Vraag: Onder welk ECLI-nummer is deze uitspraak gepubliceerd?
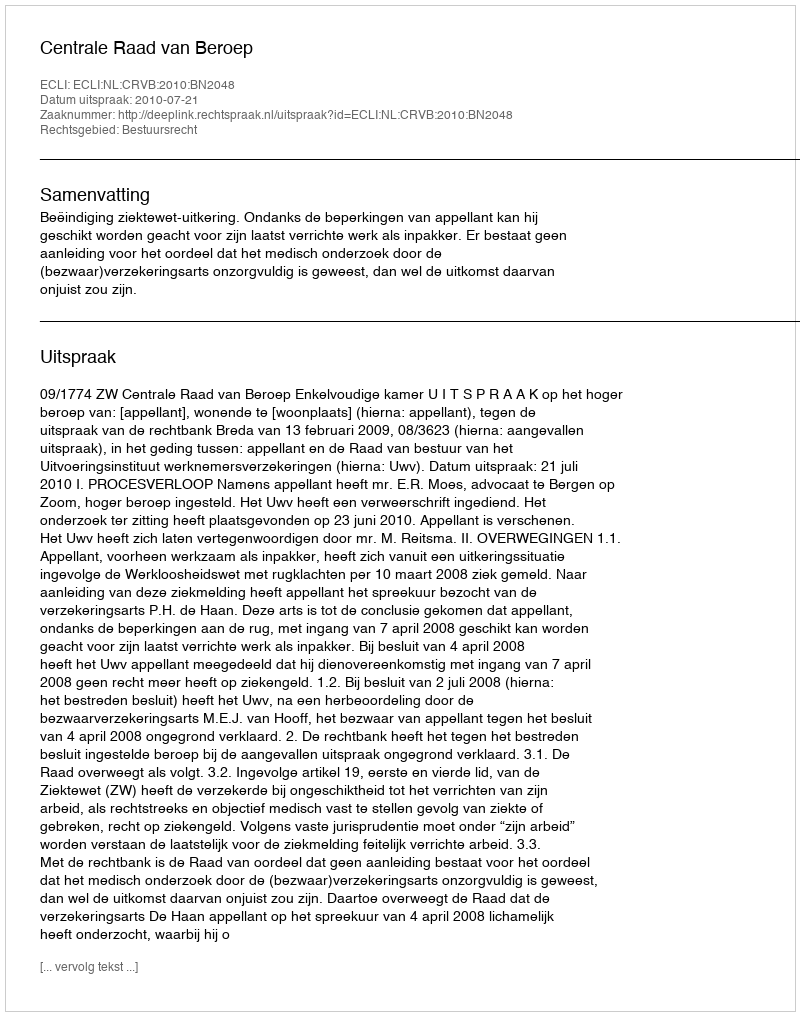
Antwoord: ECLI:NL:CRVB:2010:BN2048